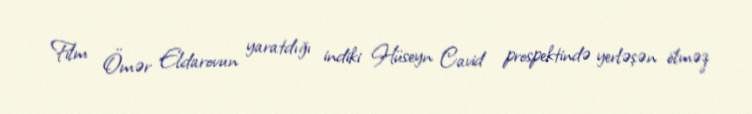
Film Ömər Eldarovun yaratdığı indiki Hüseyn Cavid prospektində yerləşən ölməz